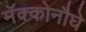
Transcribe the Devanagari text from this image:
मॅक्कोनौघे